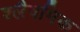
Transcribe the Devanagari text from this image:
श्लैषमिक